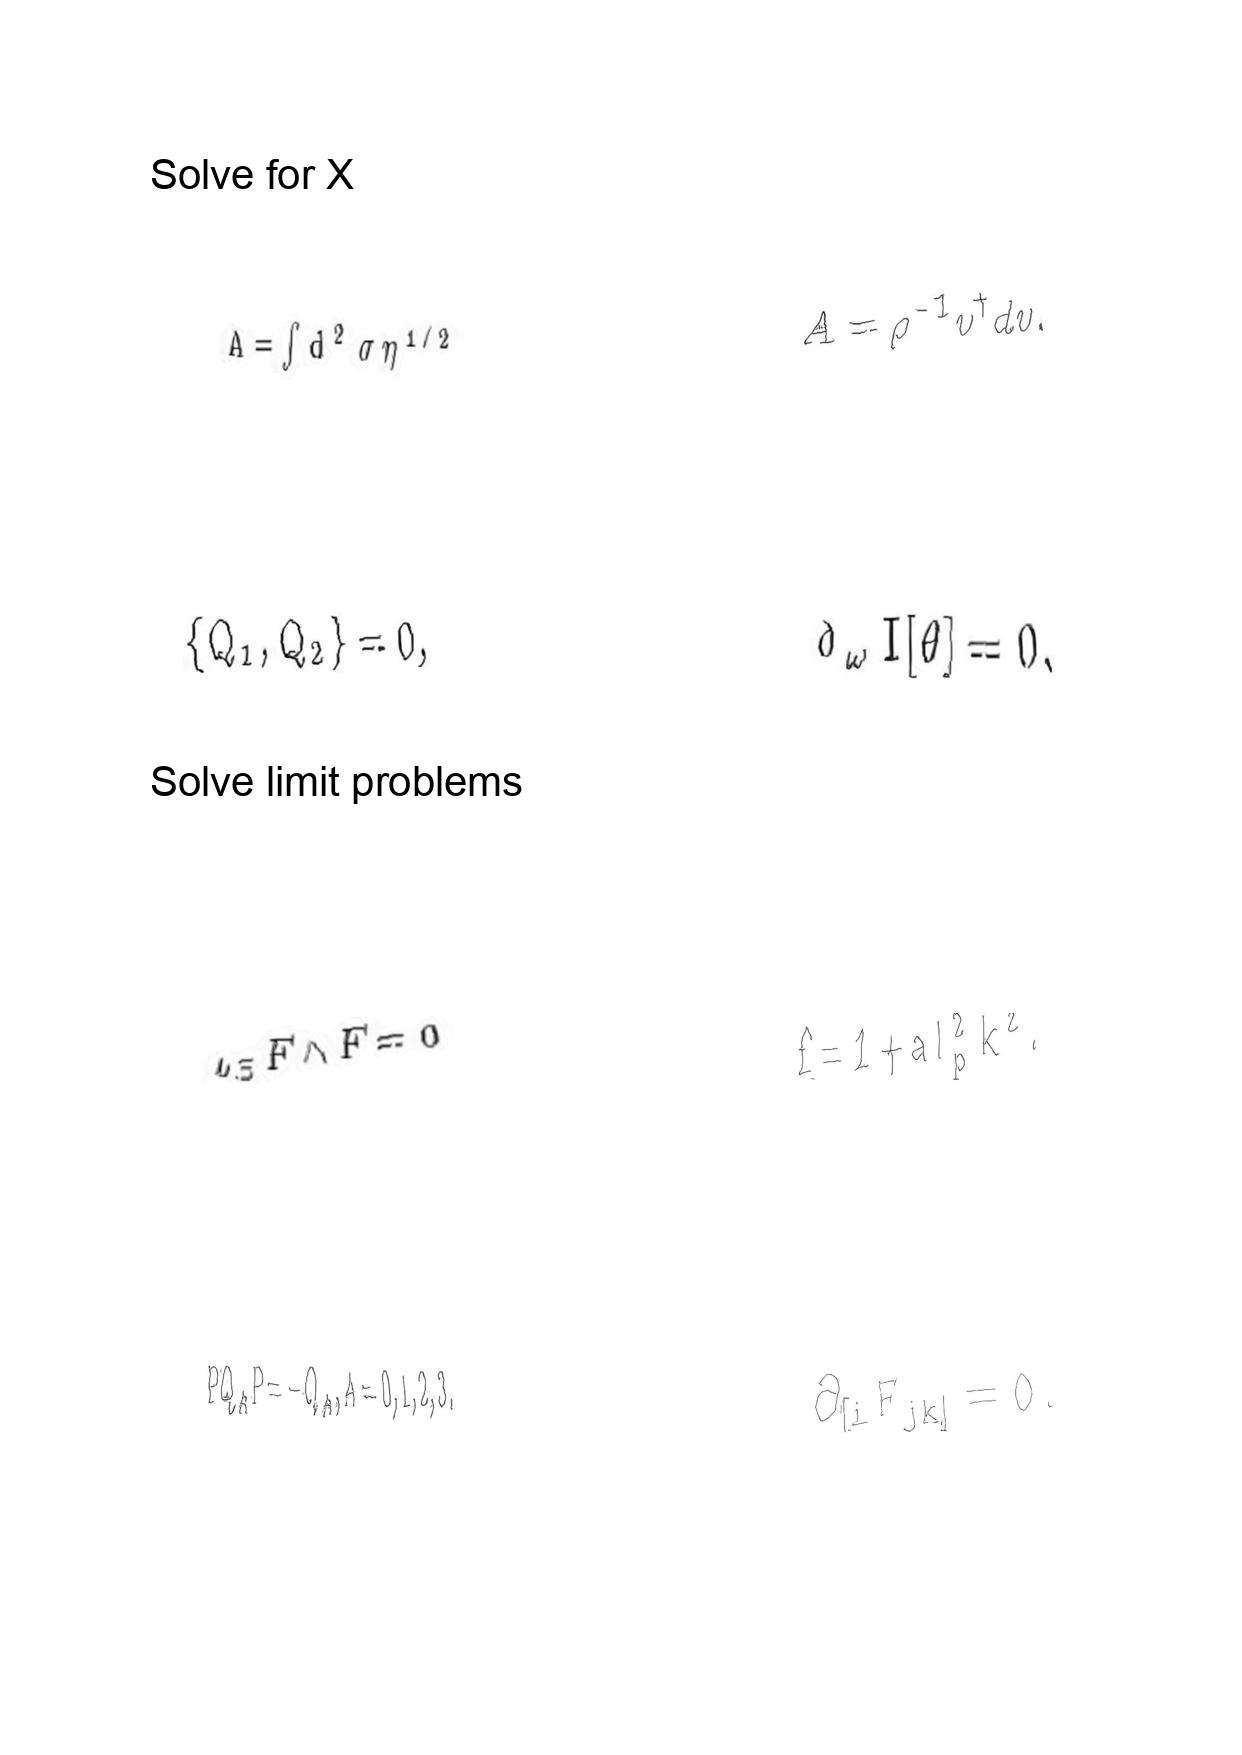
LaTeX transcription:
A = \int d ^ { 2 } \sigma \eta ^ { 1 / 2 }
\lbrace Q _ { 1 } , Q _ { 2 } \rbrace = 0 ,
\iota _ { \Xi } F \wedge F = 0
P Q _ { A } P = - Q _ { A } , A = 0 , 1 , 2 , 3 .
A = \rho ^ { - 1 } v ^ { \dagger } d v .
\delta _ { \omega } I \lbrack \theta \rbrack = 0 ,
f = 1 + a l _ { p } ^ { 2 } k ^ { 2 } .
\partial _ { \lbrack i } F _ { j k \rbrack } = 0 .